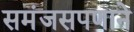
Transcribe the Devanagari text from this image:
समंजसपणाने